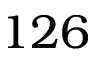
1 2 6